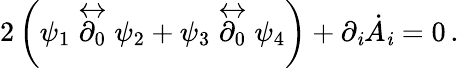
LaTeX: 2\left(\psi_{1}\stackrel{\leftrightarrow}{\partial_{0}}\psi_{2}+\psi_{3}\stackrel{\leftrightarrow}{\partial_{0}}\psi_{4}\right)+\partial_{\mathit{i}}\dot{{A}}_{\mathit{i}}=0\, .